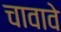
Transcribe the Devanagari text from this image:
चावावे